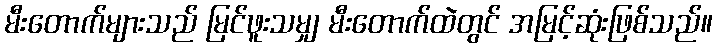
မီးတောက်များသည် မြင်ဖူးသမျှ မီးတောက်ထဲတွင် အမြင့်ဆုံးဖြစ်သည်။